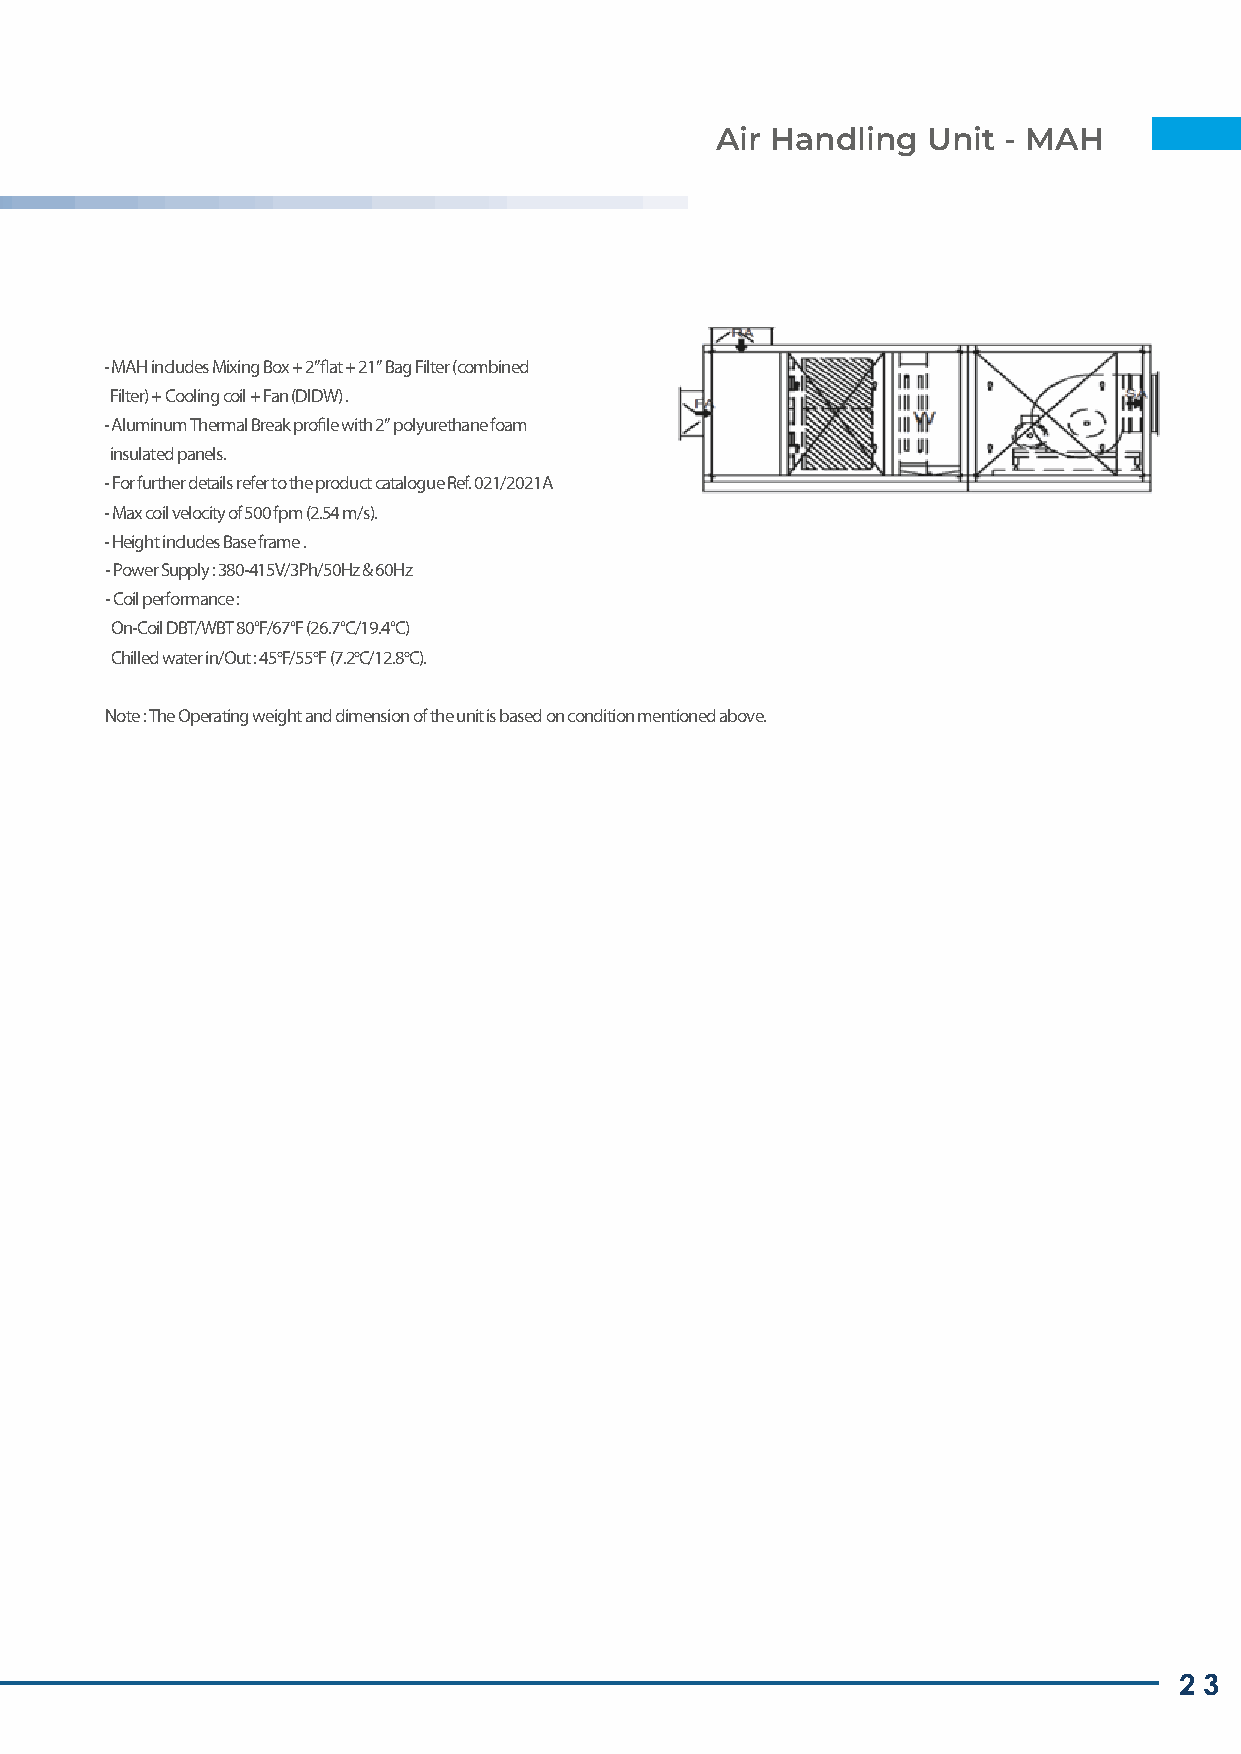
Air Handling  Unit - MAH
 - MAH includes Mixing Box + 2”flat + 21” Bag Filter (combined
 Filter) + Cooling coil + Fan (DIDW) .
 - Aluminum Thermal Break profile with 2” polyurethane foam
 insulated panels.
 - For further details refer to the product catalogue Ref. 021/2021A
 - Max coil velocity of 500 fpm (2.54 m/s).
 - Height includes Base frame .
 - Power Supply : 380-415V/3Ph/50Hz & 60Hz
 - Coil performance :
 On-Coil DBT/WBT 80°F/67°F (26.7°C/19.4°C)
 Chilled water in/Out : 45oF/55oF (7.2oC/12.8oC).
 Note : The Operating weight and dimension of the unit is based on condition mentioned above.
 2 3